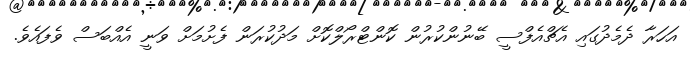
އަހަރާ ދެމެދުގައި އެޗްއެފްސީ ބޭނުންކުރުން ކޮންޓްރޯލްކޮށް މަދުކުރަން ފެށުމަށް ވަނީ އެއްބަސް ވެފައެވެ.